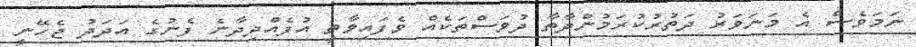
ނަމަވެސް އެ މަނަވަރު ދަތުރުކުރަމުންދާތާ ދުވަސްތަކެއް ވެފައިވާތީ އުފެއްދިދާނެ ފެނުގެ އަދަދު ޖެހޭނީ